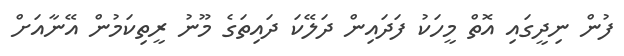
ފުން ނިދީގައި އޮތް މީހަކު ފަދައިން ދަލޭކަ ދައިތަގެ މޫނު ރީތިކަމުން އޭނާއަށް